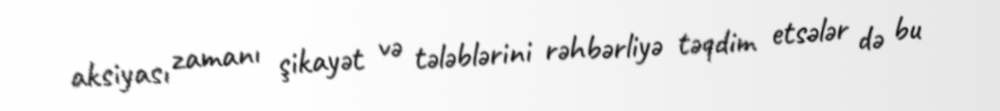
aksiyası zamanı şikayət və tələblərini rəhbərliyə təqdim etsələr də bu